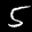
Digit: 5